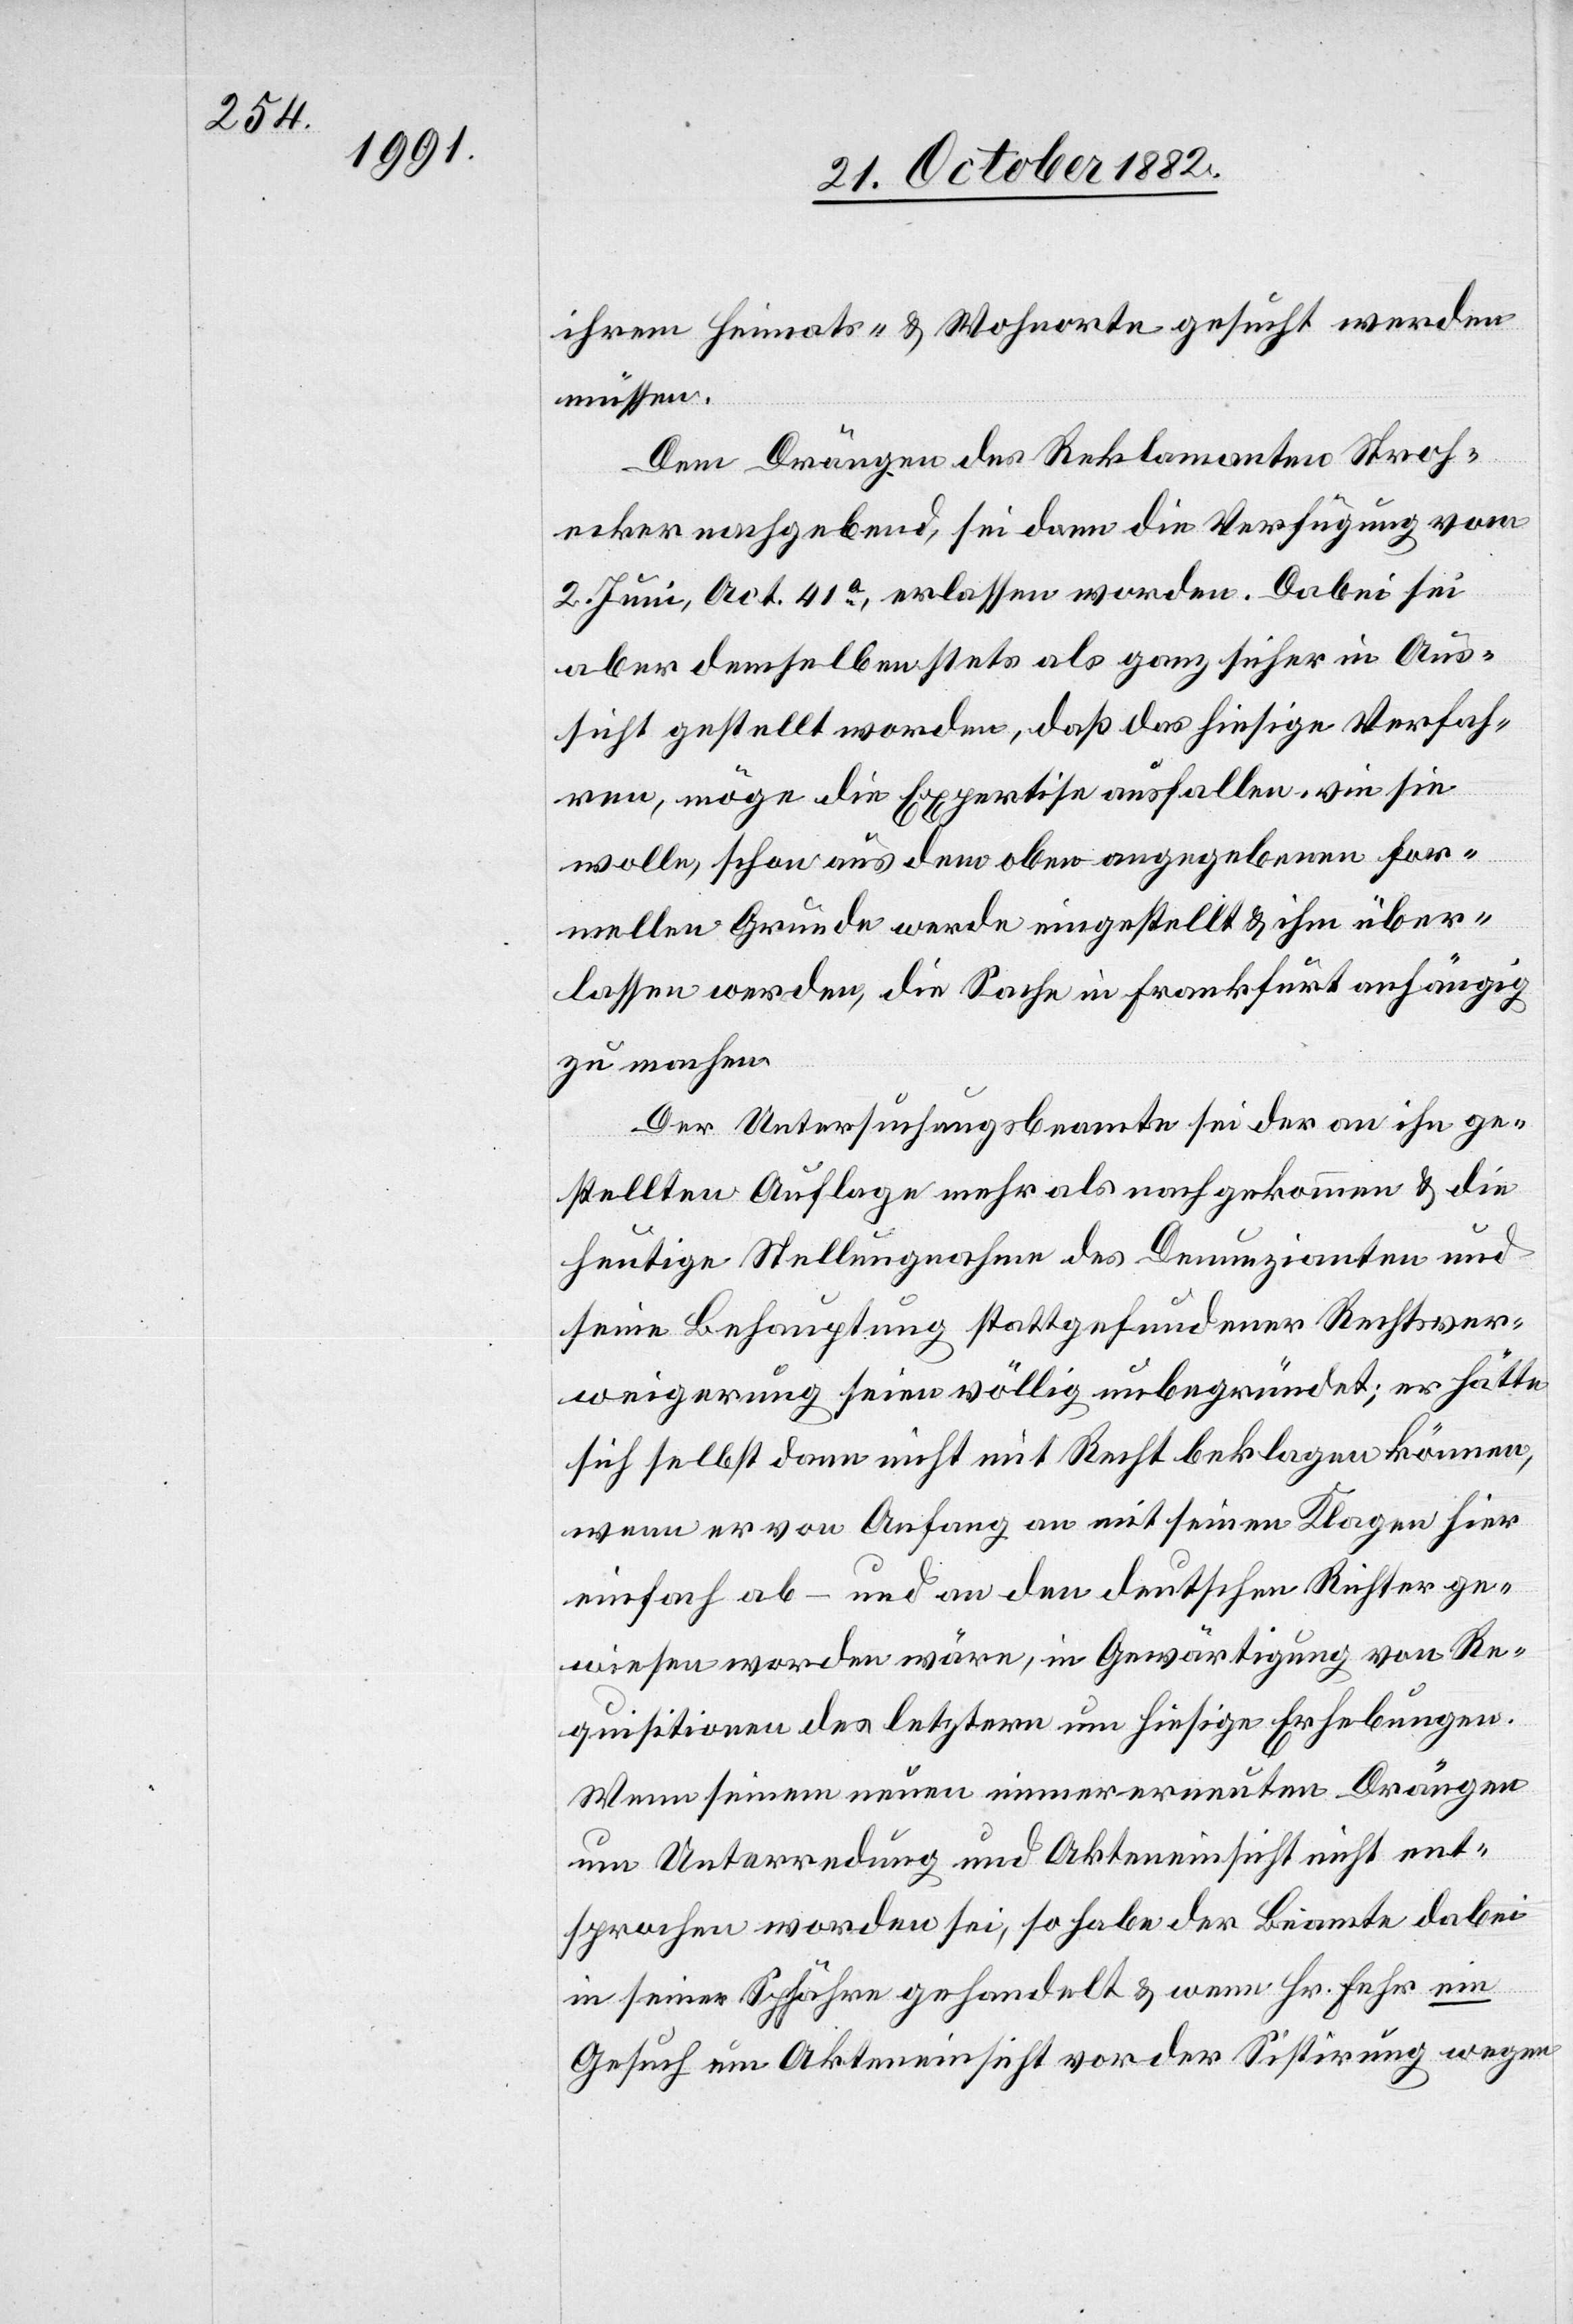
ihrem Heimats- & Wohnorte gesucht werden
müssen.
Dem Drängen des Reklamanten Stroh¬
ecker nachgebend, sei dann die Verfügung vom
2. Juni, Act. 41a, erlassen worden. Dabei sei
aber demselben stets als ganz sicher in Aus¬
sicht gestellt worden, daß das hiesige Verfah¬
ren, möge die Expertise ausfallen wie sie
wolle, schon aus dem oben angegebenen for¬
mellen Grunde werden eingestellt & ihm über¬
lassen werden, die Sache in Frankfurt anhängig
zu machen.
Der Untersuchungsbeamte sie der an ihn ge¬
stellten Auflage mehr als nachgekommen & die
heutige Stellungnahme des Denunzianten und
seine Behauptung stattgefundener Rechtsver¬
weigerung seien völlig unbegründet; er hätte
sich selbst dann nicht mit Recht beklagen können,
wenn er von Anfang an mit seinen Klagen hier
einfach ab- und an den deutschen Richter ge¬
wiesen worden wäre, in Gewärtigung von Re¬
quisitionen des letztern um hiesige Erhebungen.
Wenn seinem neuen immer erneuten Drängen
um Unterredung und Akteneinsicht nicht ent¬
sprochen worden sei, so habe der Beamte dabei
in seiner Sphähre gehandelt & wenn Hr. Fehr ein
Gesuch um Akteneinsicht vor der Sistirung wegen